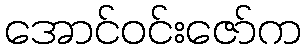
အောင်ဝင်းဇော်က